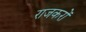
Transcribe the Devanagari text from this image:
राजकरों